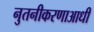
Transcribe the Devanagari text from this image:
नुतनीकरणाआधी